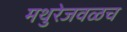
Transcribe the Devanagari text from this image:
मथुरेजवळच